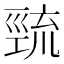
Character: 巰